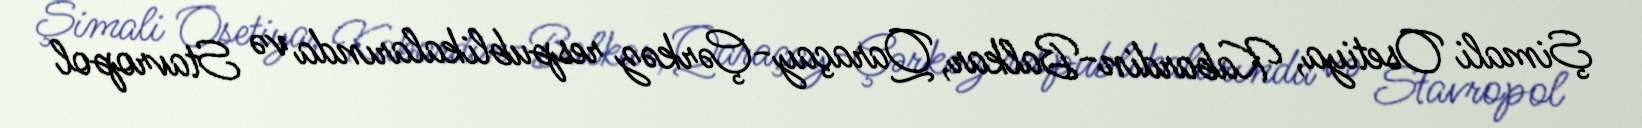
Şimali Osetiya, Kabardin-Balkar, Qaraçay-Çərkəz respublikalarında və Stavropol